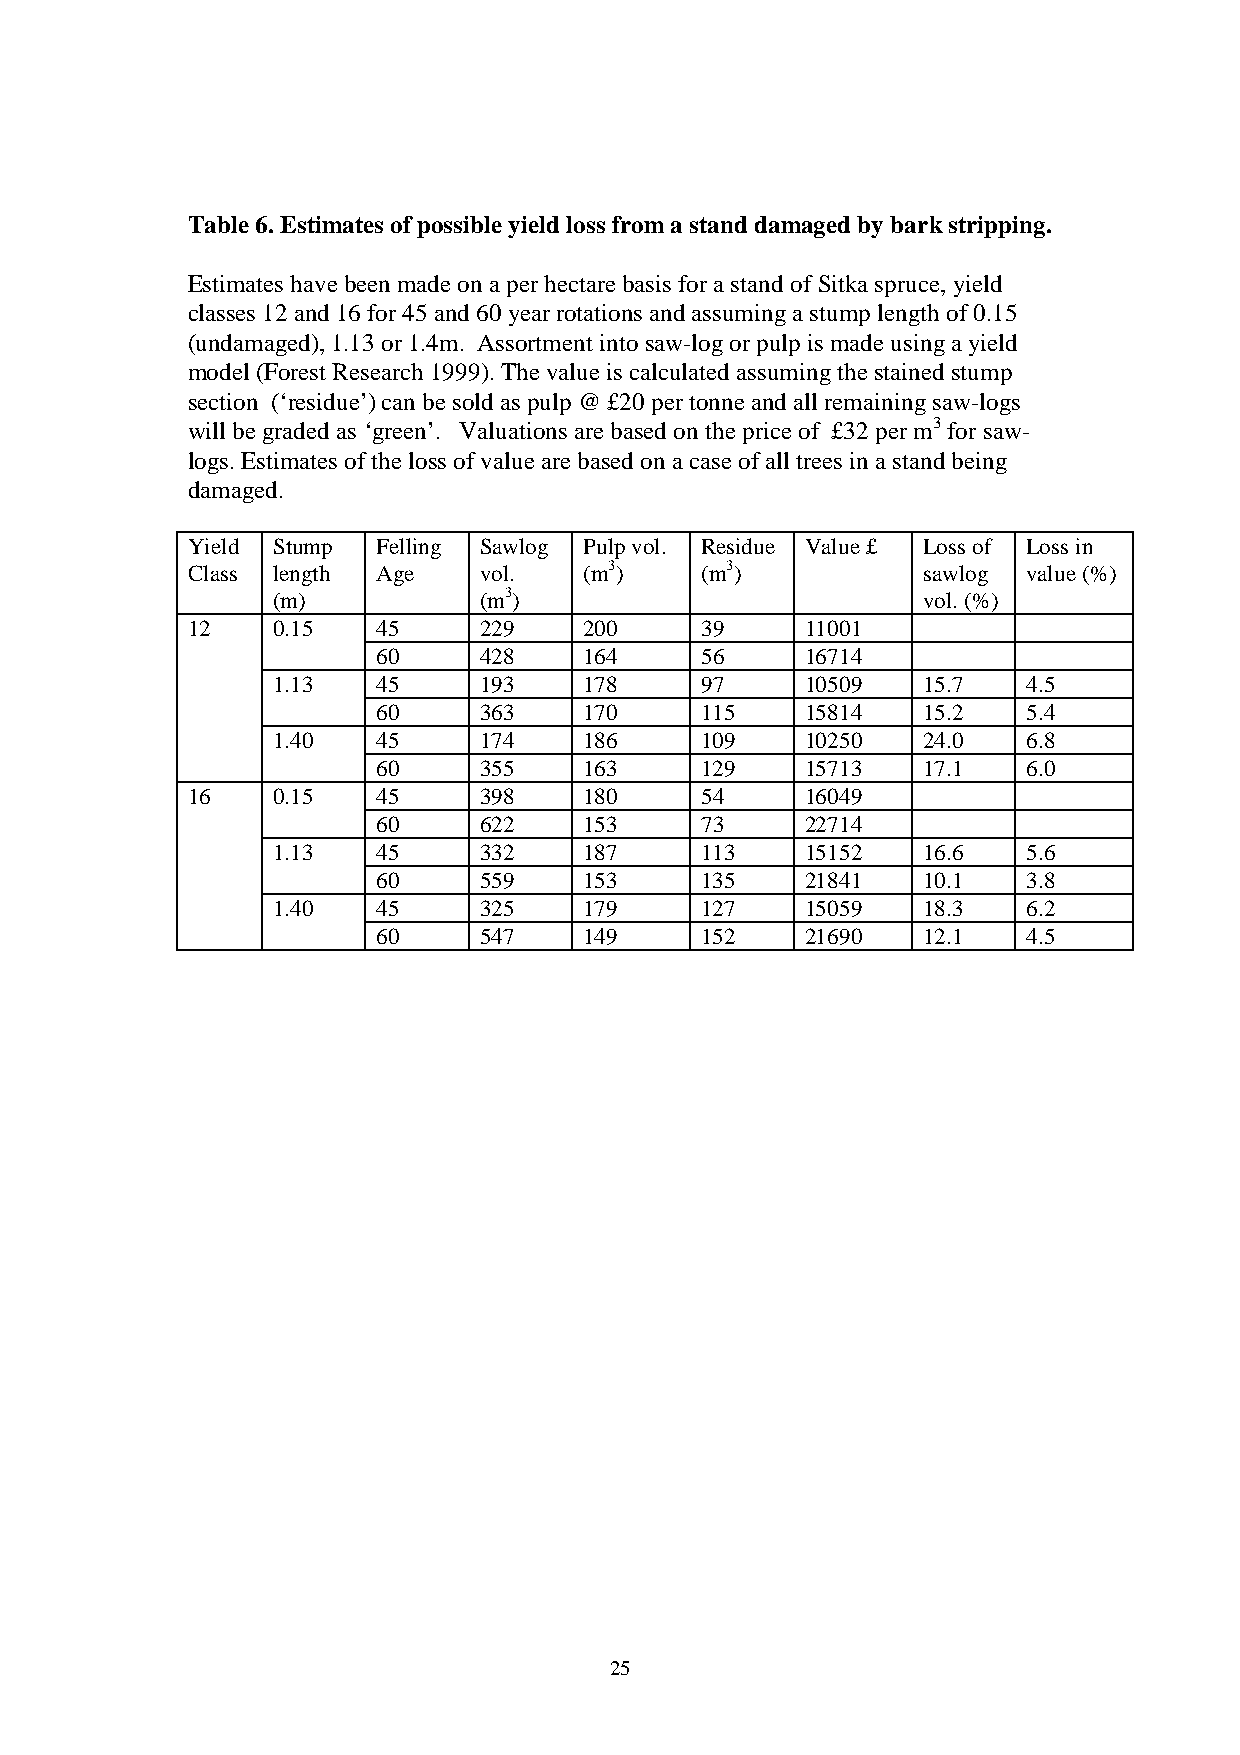
Table 6. Estimates of possible yield loss from a stand damaged by bark stripping.
 Estimates have been made on a per hectare basis for a stand of Sitka spruce, yield
 classes 12 and 16 for 45 and 60 year rotations and assuming a stump length of 0.15
 (undamaged), 1.13 or 1.4m. Assortment into saw-log or pulp is made using a yield
 model (Forest Research 1999). The value is calculated assuming the stained stump
 section (‘residue’) can be sold as pulp @ £20 per tonne and all remaining saw-logs
 will be graded as ‘green’. Valuations are based on the price of £32 per m3 for saw-
 logs. Estimates of the loss of value are based on a case of all trees in a stand being
 damaged.
 Yield Stump  Felling Sawlog Pulp vol. Residue Value £ Loss of Loss in
 Class length Age    vol.   (m3)   (m3)           sawlog value (%)
 (m)           (m3)                         vol. (%)
 12    0.15   45     229    200    39     11001
 60     428    164    56     16714
 1.13   45     193    178    97     10509   15.7   4.5
 60     363    170    115    15814   15.2   5.4
 1.40   45     174    186    109    10250   24.0   6.8
 60     355    163    129    15713   17.1   6.0
 16    0.15   45     398    180    54     16049
 60     622    153    73     22714
 1.13   45     332    187    113    15152   16.6   5.6
 60     559    153    135    21841   10.1   3.8
 1.40   45     325    179    127    15059   18.3   6.2
 60     547    149    152    21690   12.1   4.5
 25